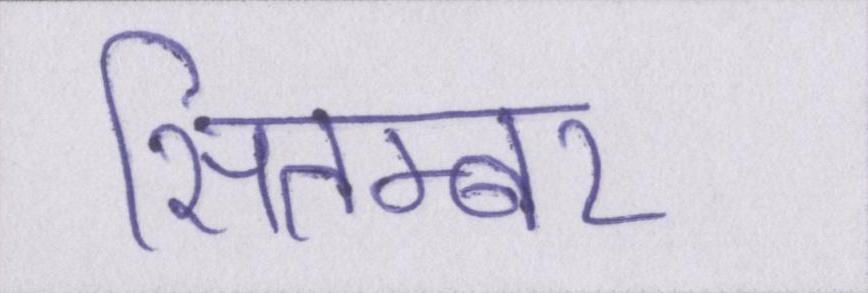
सितम्बर